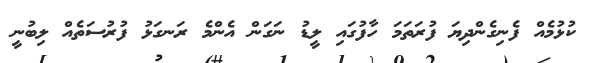
ކުޅުމެއް ފެނިގެންދިޔަ ފުރަތަމަ ހާފުގައި ލީޑު ނަގަން އެންމެ ރަނގަޅު ފުރުސަތެއް ލިބުނީ